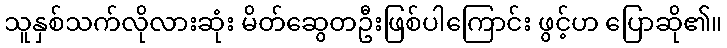
သူနှစ်သက်လိုလားဆုံး မိတ်ဆွေတဦးဖြစ်ပါကြောင်း ဖွင့်ဟ ပြောဆို၏။